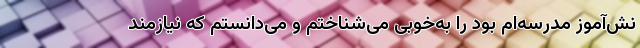
نش‌آموز مدرسه‌ام بود را به‌خوبی می‌شناختم و می‌دانستم که نیازمند